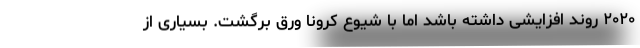
۲۰۲۰ روند افزایشی داشته باشد اما با شیوع کرونا ورق برگشت. بسیاری از